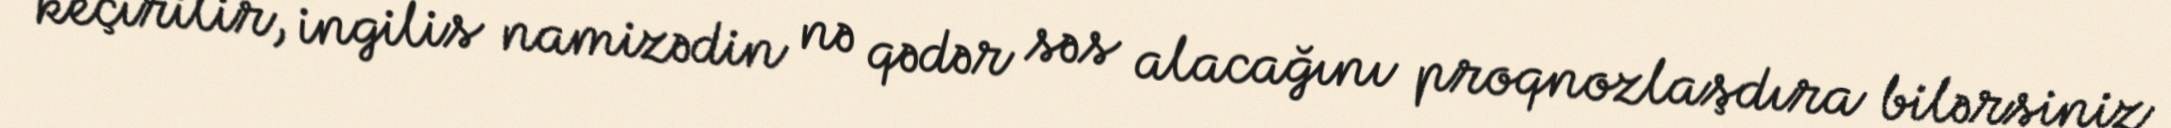
keçirilir, ingilis namizədin nə qədər səs alacağını proqnozlaşdıra bilərsiniz